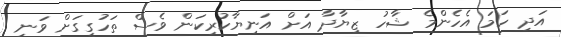
އަދި ހަމަ އެހެންމެ ޝާހު ޒިޔާދާ އަށް އަނިޔާކުރިކަން ވެސް ތަހުގީގަށް ވަނީ